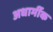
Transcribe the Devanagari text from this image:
अधार्मीक